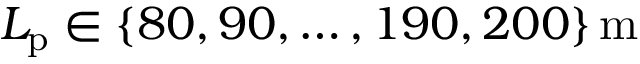
L _ { \mathrm { p } } \in \{ 8 0 , 9 0 , \hdots , 1 9 0 , 2 0 0 \} \, \mathrm { m }